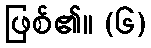
ဖြစ်၏။ (၆)